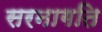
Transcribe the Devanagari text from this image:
सरनागति